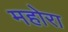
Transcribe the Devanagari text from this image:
महोरा